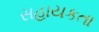
સહાયકતા